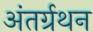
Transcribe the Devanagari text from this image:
अंतर्ग्रथन